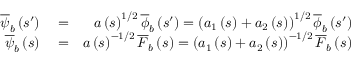
\begin{array} { r l r } { \overline { { \psi } } _ { b } \left( s ^ { \prime } \right) } & { { } = } & { a \left( s \right) ^ { 1 / 2 } \overline { { \phi } } _ { b } \left( s ^ { \prime } \right) = \left( a _ { 1 } \left( s \right) + a _ { 2 } \left( s \right) \right) ^ { 1 / 2 } \overline { { \phi } } _ { b } \left( s ^ { \prime } \right) } \\ { \overline { { \psi } } _ { b } \left( s \right) } & { { } = } & { a \left( s \right) ^ { - 1 / 2 } \overline { { F } } _ { b } \left( s \right) = \left( a _ { 1 } \left( s \right) + a _ { 2 } \left( s \right) \right) ^ { - 1 / 2 } \overline { { F } } _ { b } \left( s \right) } \end{array}